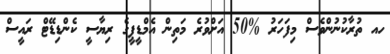
ހއ ތުރާކުނުންވެސް މިފަހަރު %50 އަށްވުރެ މަތިން އެމްޑީޕީގެ ރިޔާސީ ކެންޑިޑޭޓް ރައީސް